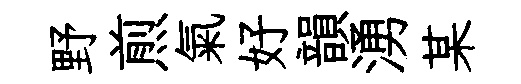
野煎氣好韻湧某